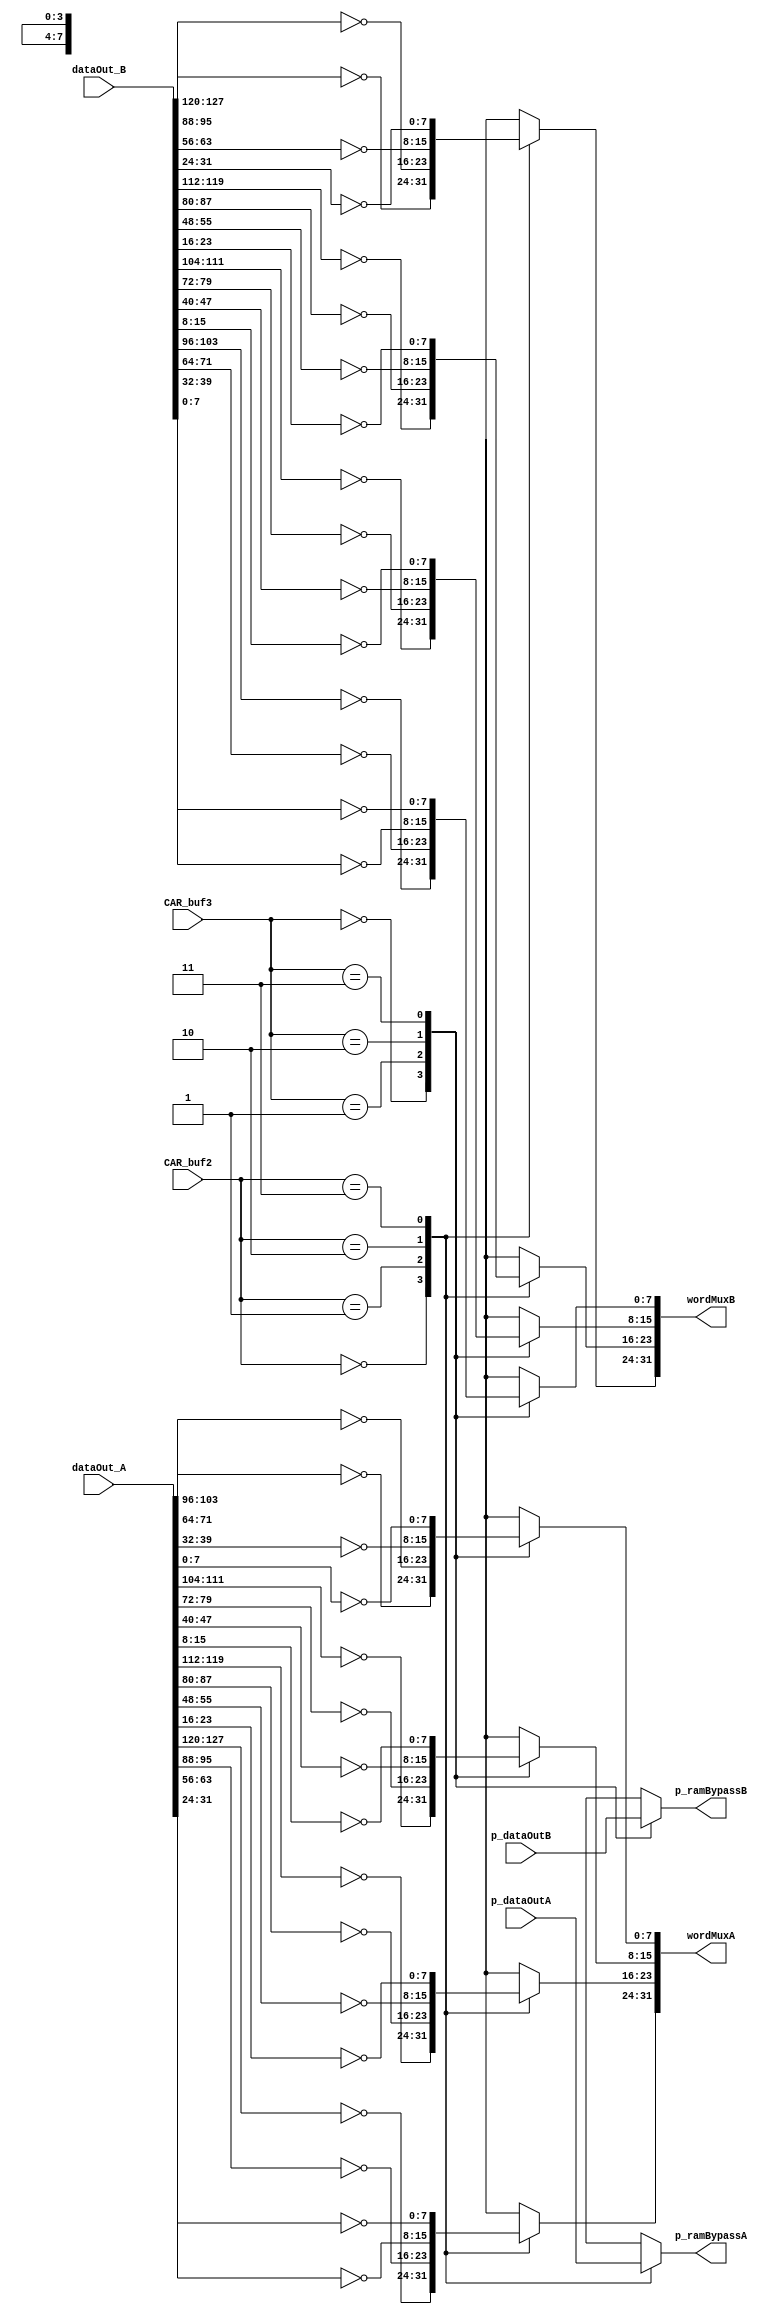
// 
// ************************************************************************** 
// 
//  Copyright (c) International Business Machines Corporation, 2005. 
// 
//  This file contains trade secrets and other proprietary and confidential 
//  information of International Business Machines Corporation which are 
//  protected by copyright and other intellectual property rights and shall 
//  not be reproduced, transferred to other documents, disclosed to others, 
//  or used for any purpose except as specifically authorized in writing by 
//  International Business Machines Corporation. This notice must be 
//  contained as part of this text at all times. 
// 
// ************************************************************************** 
//

module p405s_DCU_ramBypass( wordMuxA,
                            wordMuxB,
                            p_ramBypassA,
                            p_ramBypassB,
                            CAR_buf2,
                            CAR_buf3,
                            dataOut_A,
                            dataOut_B,
                            p_dataOutA,
                            p_dataOutB
                           );


output [0:31]  wordMuxA;
output [0:31]  wordMuxB;


input [0:127]  dataOut_A;
input [0:127]  dataOut_B;
input [28:29]  CAR_buf2;
input [28:29]  CAR_buf3;

//--------- start ---------------
// rgoldiez - Added the new ports for the parity for each byte of A/B
input [0:15]   p_dataOutA;
input [0:15]   p_dataOutB;
output [0:3]   p_ramBypassA;
output [0:3]   p_ramBypassB;
//--------- end -----------------

reg [0:31]  wordMuxA;
reg [0:31]  wordMuxB;


// Removed the module 'dp_muxDCU_wordSelBByte0'
always @(dataOut_B or CAR_buf2)
    begin                                           
    case(CAR_buf2[28:29])                       
     2'b00: wordMuxB[0:7] = ~dataOut_B[0:7];
     2'b01: wordMuxB[0:7] = ~dataOut_B[32:39];   
     2'b10: wordMuxB[0:7] = ~dataOut_B[64:71];   
     2'b11: wordMuxB[0:7] = ~dataOut_B[96:103];   
      default: wordMuxB[0:7] = 8'bx;   
    endcase                                    
   end 

// Removed the module 'dp_muxDCU_wordSelBByte1'
always @(dataOut_B or CAR_buf2)
    begin                                           
    case(CAR_buf2[28:29])                       
     2'b00: wordMuxB[8:15] = ~dataOut_B[8:15];
     2'b01: wordMuxB[8:15] = ~dataOut_B[40:47];   
     2'b10: wordMuxB[8:15] = ~dataOut_B[72:79];   
     2'b11: wordMuxB[8:15] = ~dataOut_B[104:111];   
      default: wordMuxB[8:15] = 8'bx;   
    endcase                                    
   end

// Removed the module 'dp_muxDCU_wordSelBByte2'
always @(dataOut_B or CAR_buf3)
    begin                                           
    case(CAR_buf3[28:29])                       
     2'b00: wordMuxB[16:23] = ~dataOut_B[16:23];
     2'b01: wordMuxB[16:23] = ~dataOut_B[48:55];   
     2'b10: wordMuxB[16:23] = ~dataOut_B[80:87];   
     2'b11: wordMuxB[16:23] = ~dataOut_B[112:119];   
      default: wordMuxB[16:23] = 8'bx;   
    endcase                                    
   end

// Removed the module 'dp_muxDCU_wordSelBByte3'
always @(dataOut_B or CAR_buf3)
    begin                                           
    case(CAR_buf3[28:29])                       
     2'b00: wordMuxB[24:31] = ~dataOut_B[24:31];
     2'b01: wordMuxB[24:31] = ~dataOut_B[56:63];   
     2'b10: wordMuxB[24:31] = ~dataOut_B[88:95];   
     2'b11: wordMuxB[24:31] = ~dataOut_B[120:127];   
      default: wordMuxB[24:31] = 8'bx;   
    endcase                                    
   end

// Removed the module 'dp_muxDCU_wordSelAByte3'
always @(dataOut_A or CAR_buf3)
    begin                                           
    case(CAR_buf3[28:29])                       
     2'b00: wordMuxA[24:31] = ~dataOut_A[24:31];
     2'b01: wordMuxA[24:31] = ~dataOut_A[56:63];   
     2'b10: wordMuxA[24:31] = ~dataOut_A[88:95];   
     2'b11: wordMuxA[24:31] = ~dataOut_A[120:127];   
      default: wordMuxA[24:31] = 8'bx;   
    endcase                                    
   end

// Removed the module 'dp_muxDCU_wordSelAByte2'
always @(dataOut_A or CAR_buf3)
    begin                                           
    case(CAR_buf3[28:29])                       
     2'b00: wordMuxA[16:23] = ~dataOut_A[16:23];
     2'b01: wordMuxA[16:23] = ~dataOut_A[48:55];   
     2'b10: wordMuxA[16:23] = ~dataOut_A[80:87];   
     2'b11: wordMuxA[16:23] = ~dataOut_A[112:119];   
      default: wordMuxA[16:23] = 8'bx;   
    endcase                                    
   end

// Removed the module 'dp_muxDCU_wordSelAByte1'
always @(dataOut_A or CAR_buf2)
    begin                                           
    case(CAR_buf2[28:29])                       
     2'b00: wordMuxA[8:15] = ~dataOut_A[8:15];
     2'b01: wordMuxA[8:15] = ~dataOut_A[40:47];   
     2'b10: wordMuxA[8:15] = ~dataOut_A[72:79];   
     2'b11: wordMuxA[8:15] = ~dataOut_A[104:111];   
      default: wordMuxA[8:15] = 8'bx;   
    endcase                                    
   end

// Removed the module 'dp_muxDCU_wordSelAByte0'
always @(dataOut_A or CAR_buf2)
    begin                                           
    case(CAR_buf2[28:29])                       
     2'b00: wordMuxA[0:7] = ~dataOut_A[0:7];
     2'b01: wordMuxA[0:7] = ~dataOut_A[32:39];   
     2'b10: wordMuxA[0:7] = ~dataOut_A[64:71];   
     2'b11: wordMuxA[0:7] = ~dataOut_A[96:103];   
      default: wordMuxA[0:7] = 8'bx;   
    endcase                                    
   end

   // Replacing instantiation: PDP_MUX4D dp_muxDCU_parityWordSelA
   reg [0:3] dp_muxDCU_parityWordSelA_muxOut;
   wire [0:3] dp_muxDCU_parityWordSelA_D0,dp_muxDCU_parityWordSelA_D1; 
   wire [0:3] dp_muxDCU_parityWordSelA_D2; 
   wire [0:3] dp_muxDCU_parityWordSelA_D3; 
   wire [0:1] dp_muxDCU_parityWordSelA_SD; 
   assign p_ramBypassA[0:3] = dp_muxDCU_parityWordSelA_muxOut;	    
   assign dp_muxDCU_parityWordSelA_SD = CAR_buf2[28:29];         
   assign dp_muxDCU_parityWordSelA_D0 = {p_dataOutA[0],p_dataOutA[1],p_dataOutA[2],p_dataOutA[3]};         
   assign dp_muxDCU_parityWordSelA_D1 = {p_dataOutA[4],p_dataOutA[5],p_dataOutA[6],p_dataOutA[7]};         
   assign dp_muxDCU_parityWordSelA_D2 = {p_dataOutA[8],p_dataOutA[9],p_dataOutA[10],p_dataOutA[11]};         
   assign dp_muxDCU_parityWordSelA_D3 = {p_dataOutA[12],p_dataOutA[13],p_dataOutA[14],p_dataOutA[15]};         
                                               
   always @(dp_muxDCU_parityWordSelA_SD or dp_muxDCU_parityWordSelA_D0 or dp_muxDCU_parityWordSelA_D1 or dp_muxDCU_parityWordSelA_D2 or dp_muxDCU_parityWordSelA_D3) 
    begin 					    
    case(dp_muxDCU_parityWordSelA_SD)    		    	
     2'b00: dp_muxDCU_parityWordSelA_muxOut = dp_muxDCU_parityWordSelA_D0;    
     2'b01: dp_muxDCU_parityWordSelA_muxOut = dp_muxDCU_parityWordSelA_D1;    
     2'b10: dp_muxDCU_parityWordSelA_muxOut = dp_muxDCU_parityWordSelA_D2;    
     2'b11: dp_muxDCU_parityWordSelA_muxOut = dp_muxDCU_parityWordSelA_D3;    
      default: dp_muxDCU_parityWordSelA_muxOut = 4'bx;   
    endcase                                    
   end                                         


   // Replacing instantiation: PDP_MUX4D dp_muxDCU_parityWordSelB
   reg [0:3] dp_muxDCU_parityWordSelB_muxOut;
   wire [0:3] dp_muxDCU_parityWordSelB_D0,dp_muxDCU_parityWordSelB_D1; 
   wire [0:3] dp_muxDCU_parityWordSelB_D2; 
   wire [0:3] dp_muxDCU_parityWordSelB_D3; 
   wire [0:1] dp_muxDCU_parityWordSelB_SD; 
   assign p_ramBypassB[0:3] = dp_muxDCU_parityWordSelB_muxOut;	    
   assign dp_muxDCU_parityWordSelB_SD = CAR_buf3[28:29];         
   assign dp_muxDCU_parityWordSelB_D0 = {p_dataOutB[0],p_dataOutB[1],p_dataOutB[2],p_dataOutB[3]};         
   assign dp_muxDCU_parityWordSelB_D1 = {p_dataOutB[4],p_dataOutB[5],p_dataOutB[6],p_dataOutB[7]};         
   assign dp_muxDCU_parityWordSelB_D2 = {p_dataOutB[8],p_dataOutB[9],p_dataOutB[10],p_dataOutB[11]};         
   assign dp_muxDCU_parityWordSelB_D3 = {p_dataOutB[12],p_dataOutB[13],p_dataOutB[14],p_dataOutB[15]};         
                                               
   always @(dp_muxDCU_parityWordSelB_SD or dp_muxDCU_parityWordSelB_D0 or dp_muxDCU_parityWordSelB_D1 or dp_muxDCU_parityWordSelB_D2 or dp_muxDCU_parityWordSelB_D3) 
    begin 					    
    case(dp_muxDCU_parityWordSelB_SD)    		    	
     2'b00: dp_muxDCU_parityWordSelB_muxOut = dp_muxDCU_parityWordSelB_D0;    
     2'b01: dp_muxDCU_parityWordSelB_muxOut = dp_muxDCU_parityWordSelB_D1;    
     2'b10: dp_muxDCU_parityWordSelB_muxOut = dp_muxDCU_parityWordSelB_D2;    
     2'b11: dp_muxDCU_parityWordSelB_muxOut = dp_muxDCU_parityWordSelB_D3;    
      default: dp_muxDCU_parityWordSelB_muxOut = 4'bx;   
    endcase                                    
   end                                         


endmodule